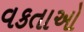
વકતાઓ